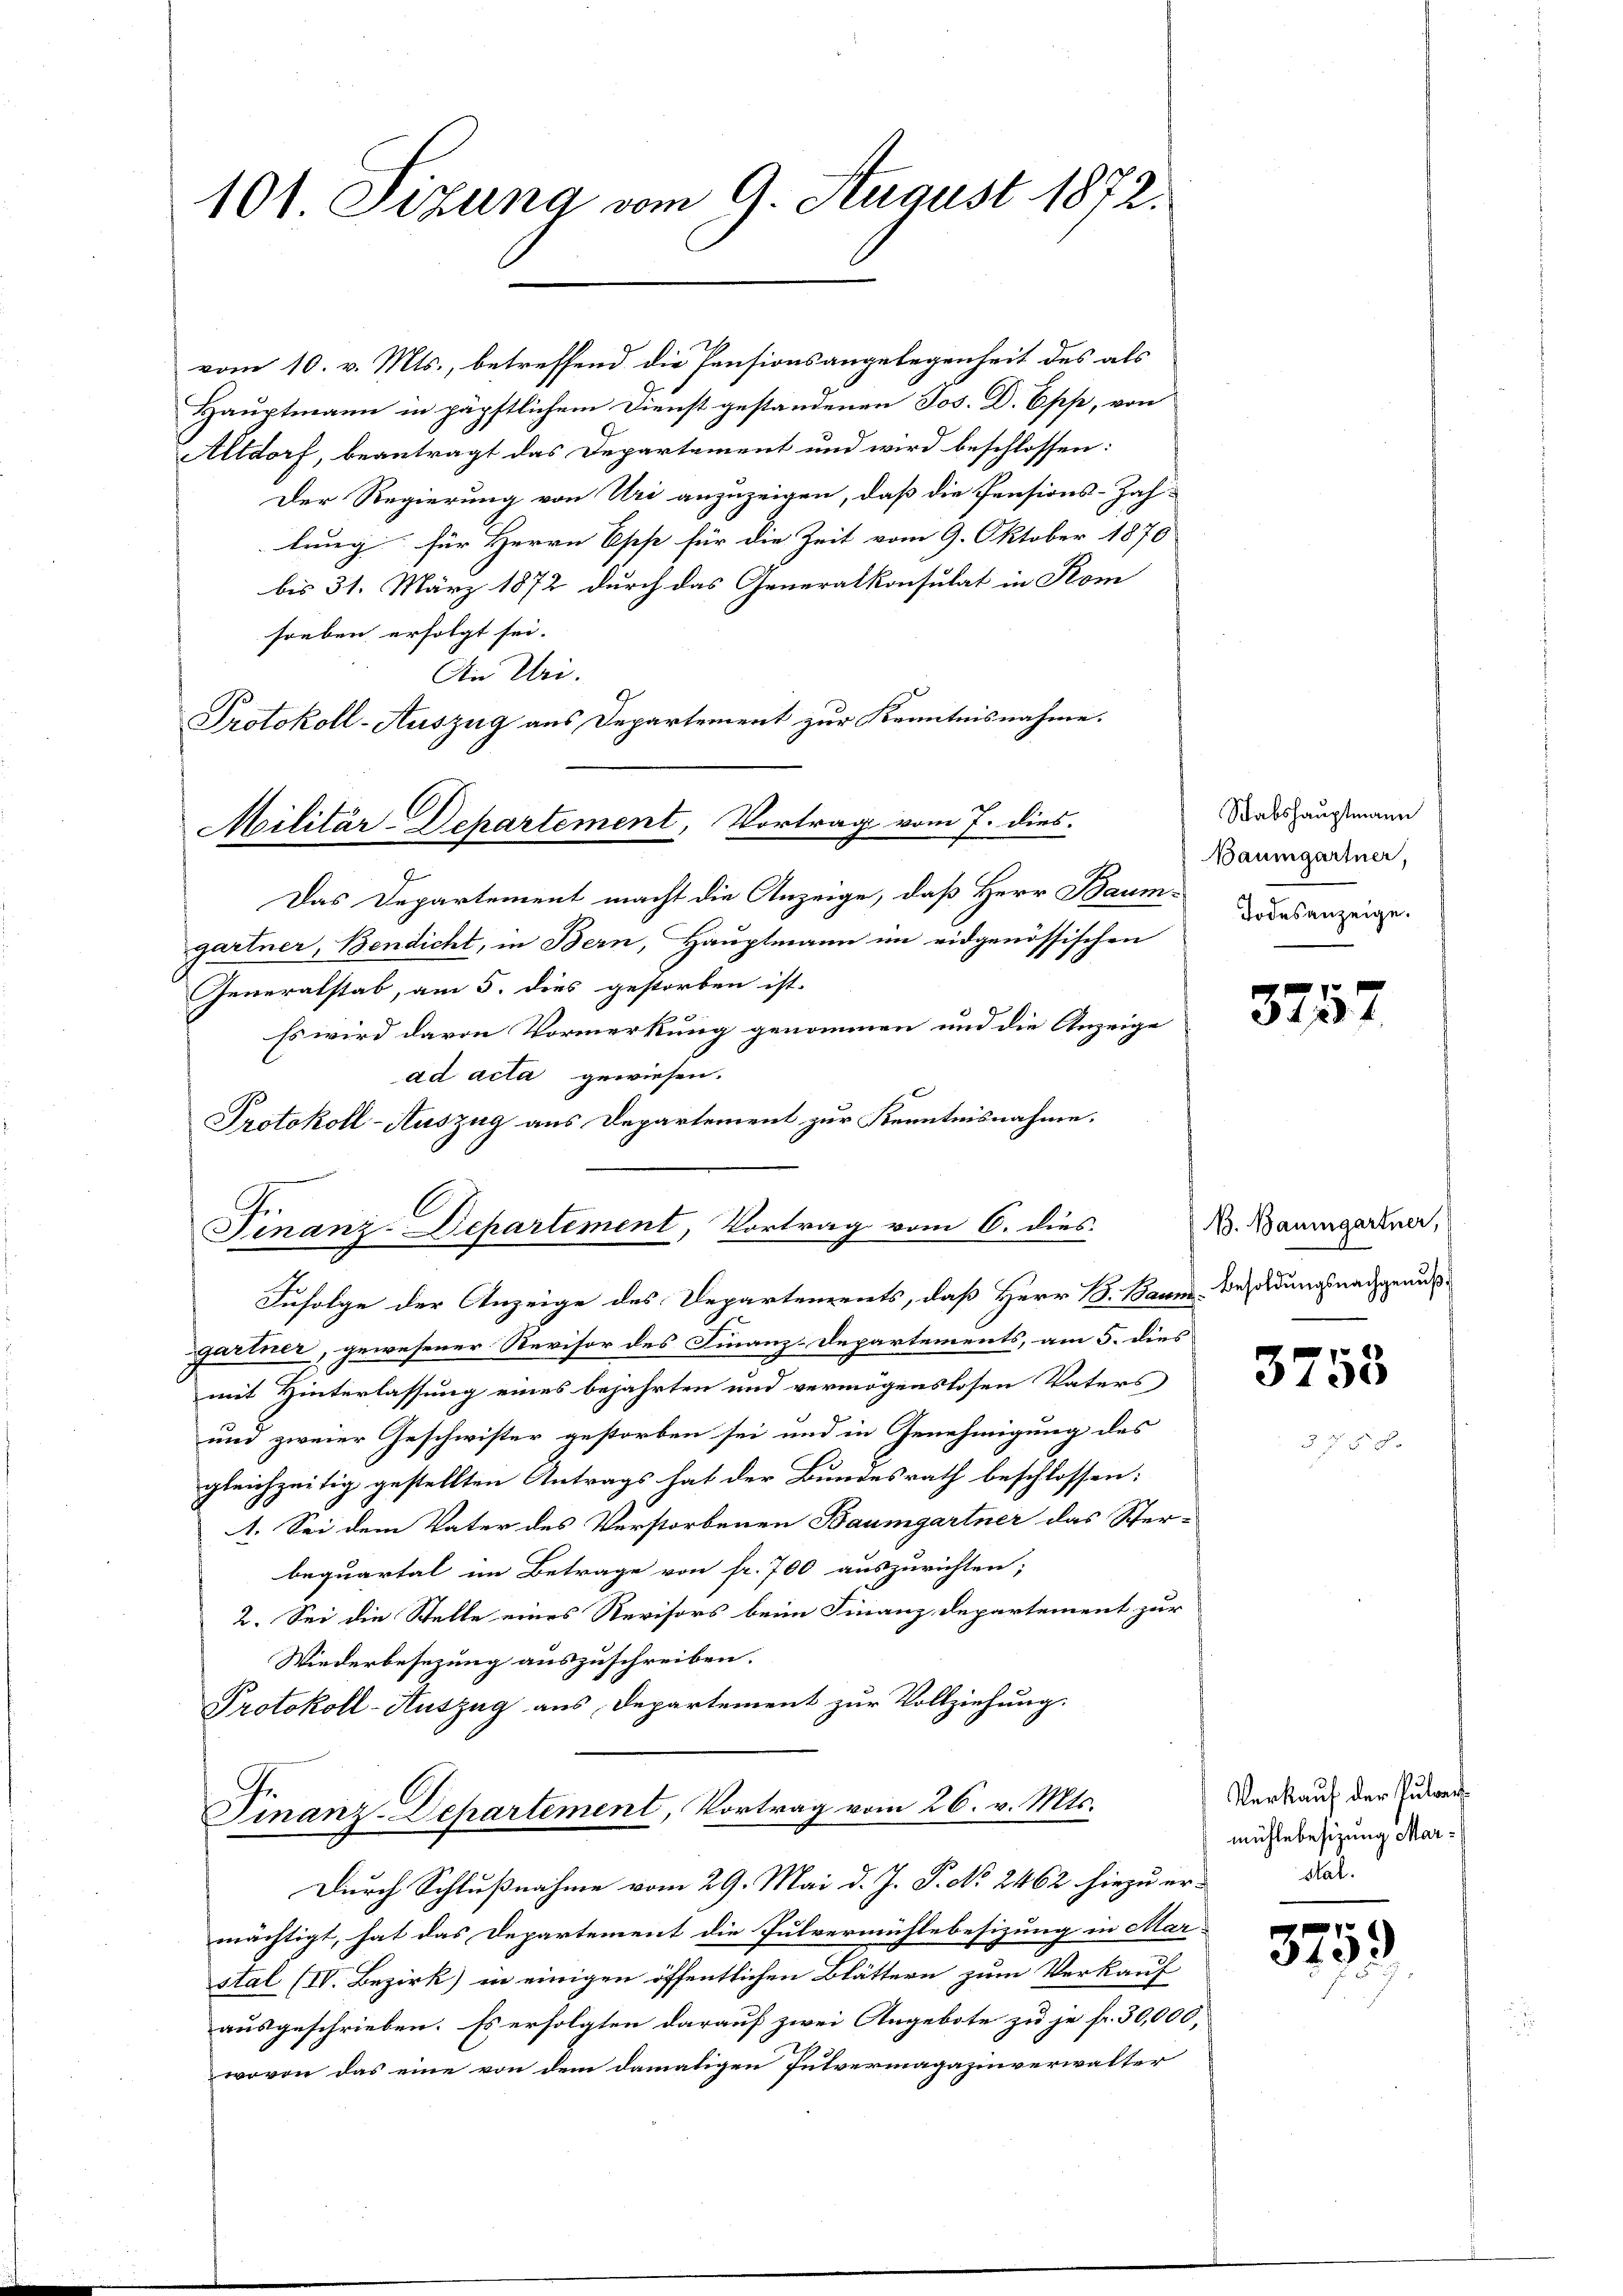
101. Sizung vom 9. August 1872.

vom 10. v. Mts., betreffend die Pensionsangelegenheit des als
Hauptmann in päpstlichem Dienst gestandenen Jos. D. Opp, von
Altdorf, beantragt das Departement und wird beschlossen:
Der Regierung von Uri anzuzeigen, daß die Pensions-Zah-
lung für Herrn Opp für die Zeit vom 9. Oktober 1870
bis 31. März 1872 durch das Generalkonsulat in Kom
soeben erfolgt sei.
An Uri.
Das Departement macht die Anzeige, daß Herr Baumgartner, Bendicht, in Bern, Hauptmann im eidgenössischen
Generalstab, am 5. dies gestorben ist.
Es wird davon Vormerkung genommen und die Anzeige
ad acta gewiesen.
Protokoll-Auszug aus Departement zur Kenntnisnahme.
Infolge der Anzeige des Departements, daß Herr B. Baum. Besoldungsnachgeaugartner, gewesener Revisor des Finanz-Departements, am 5. dies
mit Hinterlassung eines bejahrten und vermögenslosen Vaters
und zweier Geschwister gestorben sei und in Genehmigung des
gleichzeitig gestellten Antrags hat der Bundesrath beschlossen:
1. Sei dem Vater des Verstorbenen Baumgartner das Ster-
bequartal im Betrage von fr. 700 auszurichten;
2. Sei die Stelle eines Revisors beim Finanzdepartement zur
Wiederbesezung auszuschreiben.
Protokoll-Auszug aus Departement zur Vollziehung.
Finanz-Departement, Vortrag vom 26. v. Mts.
Durch Schlußnahme vom 29. Mai d. J. P. No. 2462 hiezu ermächtigt, hat das Departement die Pulvermühlebesizung in Mar-
stal (IV. Bezirk) in einigen öffentlichen Blättern zum Verkauf
ausgeschrieben. Es erfolgten darauf zwei Angebote zu je fr. 30,000,
wovon das eine von dem damaligen Pulvermagazinverwalter

Protokoll-Auszug aus Departement zur Kenntnisnahme.
Militär-Departement, Vortrag vom 7. dies

.

Finanz-Departement, Vortrag vom 6. dies N. Baumgartner,

Stabshauptmann
Baumgartner,
Todesanzeige.

3757

3758

Verkauf der Pulvermühlebesizung Marsal.

3753